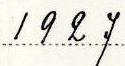
1927